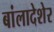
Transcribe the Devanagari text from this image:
बांलादेशेर